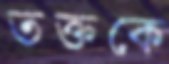
তক্‌তকে